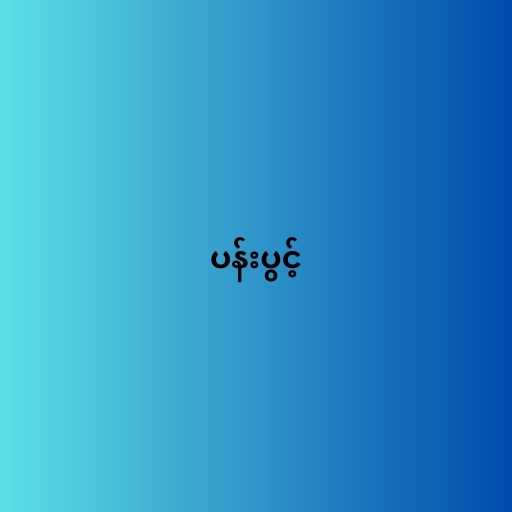
ပန်းပွင့်